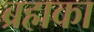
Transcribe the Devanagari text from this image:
ब्रह्मका